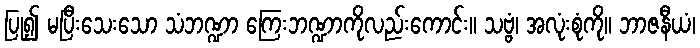
ပြု၍ မပြီးသေးသော သံဘဏ္ဍာ ကြေးဘဏ္ဍာကိုလည်းကောင်း။ သဗ္ဗံ၊ အလုံးစုံကို။ ဘာဇနီယံ၊